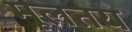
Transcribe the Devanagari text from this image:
मूलतय